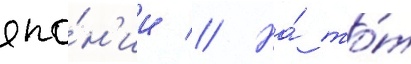
япо́н'ии // На́ то́т